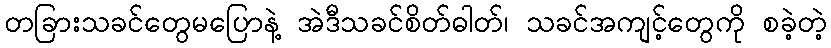
တခြားသခင်တွေမပြောနဲ့ အဲဒီသခင်စိတ်ဓါတ်၊ သခင်အကျင့်တွေကို စခဲ့တဲ့